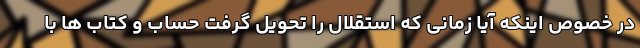
در خصوص اینکه آیا زمانی که استقلال را تحویل گرفت حساب و کتاب ها با